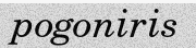
pogoniris